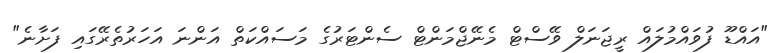
"އައްޑޫ ފުވައްމުލައް ރީޖަނަލް ވޭސްޓް މެނޭޖްމަންޓް ސެންޓަރުގެ މަސައްކަތް އަންނަ އަހަރުތެރޭގައި ފަށާނެ"